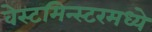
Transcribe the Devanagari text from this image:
वेस्टमिन्स्टरमध्ये